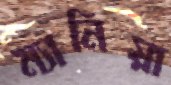
ম্যানিয়া